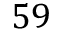
5 9